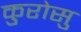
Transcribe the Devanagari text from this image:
कुरोसु